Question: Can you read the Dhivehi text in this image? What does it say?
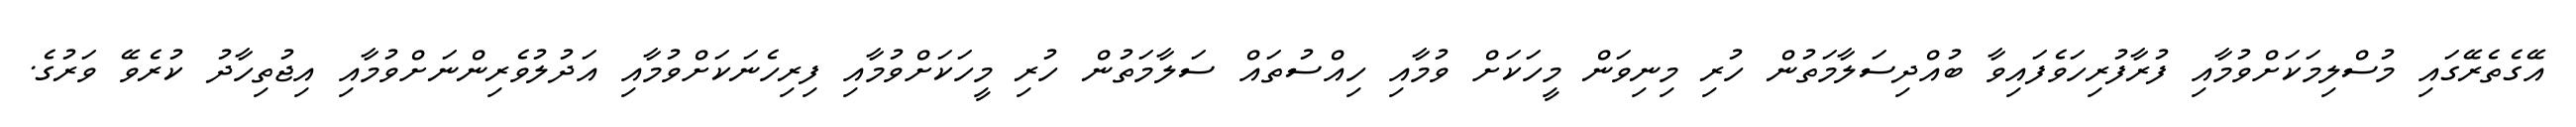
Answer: އޭގެތެރޭގައި މުސްލިމަކަށްވުމާއި ފުރާފުރިހަވެފައިވާ ބުއްދިސަލާމަތުން ހުރި މިނިވަން މީހަކަށް ވުމާއި ހިއްސުތައް ސަލާމަތުން ހުރި މީހަކަށްވުމާއި ފިރިހެނަކަށްވުމާއި އަދުލުވެރިންނަށްވުމާއި އިޖުތިހާދު ކުރެވޭ ވަރުގެ.